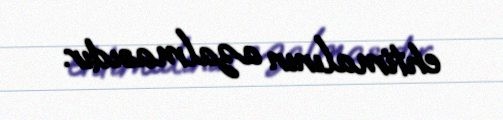
ehtimalının azalmasıdır.